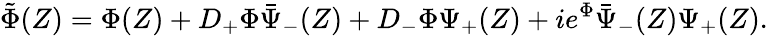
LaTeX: \tilde{\Phi}(Z)=\Phi(Z)+D_{+}\Phi\bar{\Psi}_{-}(Z)+D_{-}\Phi\Psi_{+}(Z)+ie^{\Phi}\bar{\Psi}_{-}(Z)\Psi_{+}(Z).